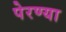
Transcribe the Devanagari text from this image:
पेरण्या